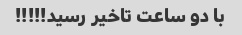
با دو ساعت تاخیر رسید!!!!!